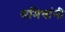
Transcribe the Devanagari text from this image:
समिधांनी